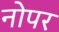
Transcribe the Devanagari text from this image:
नोपर